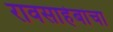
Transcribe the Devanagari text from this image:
रावसाहेबांचा